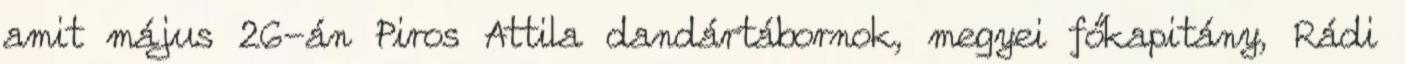
amit május 26-án Piros Attila dandártábornok, megyei főkapitány, Rádi